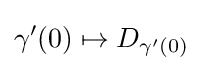
\gamma '(0)\mapsto D_{\gamma '(0)}